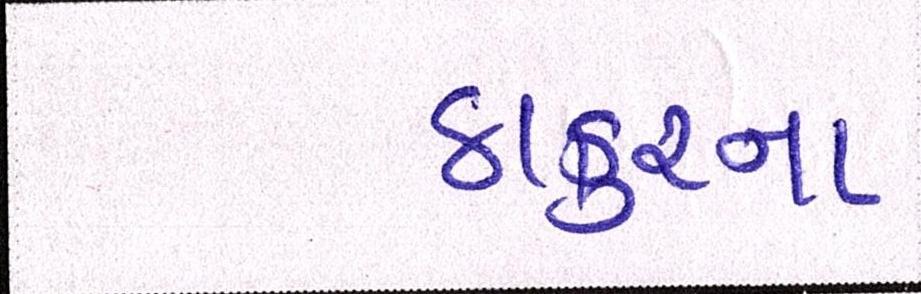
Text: ઠાકુરના